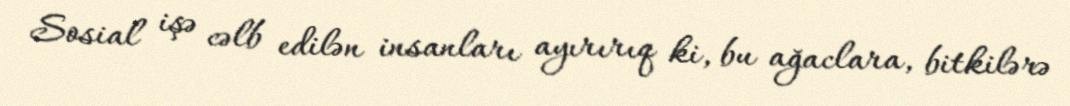
Sosial işə cəlb edilən insanları ayırırıq ki, bu ağaclara, bitkilərə